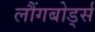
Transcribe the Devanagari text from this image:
लौंगबोर्ड्स